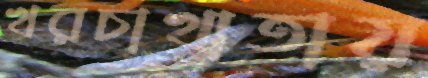
খরচাখাতায়